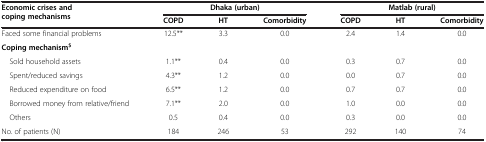
<table><thead><tr><td rowspan="2"><b>Economic crises and coping mechanisms</b></td><td colspan="3"><b>Dhaka (urban)</b></td><td colspan="3"><b>Matlab (rural)</b></td></tr><tr><td><b>COPD</b></td><td><b>HT</b></td><td><b>Comorbidity</b></td><td><b>COPD</b></td><td><b>HT</b></td><td><b>Comorbidity</b></td></tr></thead><tbody><tr><td>Faced some financial problems</td><td>12.5**</td><td>3.3</td><td>0.0</td><td>2.4</td><td>1.4</td><td>0.0</td></tr><tr><td><b>Coping mechanism</b><sup><b>$</b></sup></td><td> </td><td> </td><td> </td><td> </td><td> </td><td> </td></tr><tr><td> Sold household assets</td><td>1.1**</td><td>0.4</td><td>0.0</td><td>0.3</td><td>0.7</td><td>0.0</td></tr><tr><td> Spent/reduced savings</td><td>4.3**</td><td>1.2</td><td>0.0</td><td>0.0</td><td>0.7</td><td>0.0</td></tr><tr><td> Reduced expenditure on food</td><td>6.5**</td><td>1.2</td><td>0.0</td><td>0.7</td><td>0.7</td><td>0.0</td></tr><tr><td> Borrowed money from relative/friend</td><td>7.1**</td><td>2.0</td><td>0.0</td><td>1.0</td><td>0.0</td><td>0.0</td></tr><tr><td> Others</td><td>0.5</td><td>0.4</td><td>0.0</td><td>0.3</td><td>0.0</td><td>0.0</td></tr><tr><td>No. of patients (N)</td><td>184</td><td>246</td><td>53</td><td>292</td><td>140</td><td>74</td></tr></tbody></table>